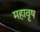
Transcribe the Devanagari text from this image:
महावृष